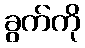
ခွက်ကို